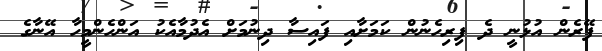
ފޭރެން އުޅުނީ ދެ ފިރިހެނުން ކަމަށާއި ފައިސާ ދިނުމަށް އެދުމާއެކު އަންހެންމީހާ އޭނާގެ